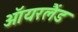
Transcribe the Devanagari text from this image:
ऑयरलैंड